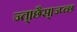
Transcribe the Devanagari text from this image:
ज्त्।छैस्।ज्प्व्छ